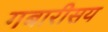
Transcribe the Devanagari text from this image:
गबारीसय